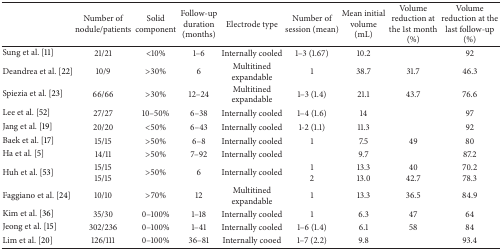
|  | Number of nodule/patients | Solid component | Follow-up duration (months) | Electrode type | Number of session (mean) | Mean initial volume (mL) | Volume reduction at the 1st month (%) | Volume reduction at the last follow-up (%) |
 | --- | --- | --- | --- | --- | --- | --- | --- | --- |
 | Sung et al. [11] | 21/21 | <10% | 1–6 | Internally cooled | 1–3 (1.67) | 10.2 |  | 92 |
 | Deandrea et al. [22] | 10/9 | >30% | 6 | Multitined expandable | 1 | 38.7 | 31.7 | 46.3 |
 | Spiezia et al. [23] | 66/66 | >30% | 12–24 | Multitined expandable | 1–3 (1.4) | 21.1 | 43.7 | 76.6 |
 | Lee et al. [52] | 27/27 | 10–50% | 6–38 | Internally cooled | 1–4 (1.6) | 14 |  | 97 |
 | Jang et al. [19] | 20/20 | <50% | 6–43 | Internally cooled | 1-2 (1.1) | 11.3 |  | 92 |
 | Baek et al. [17] | 15/15 | >50% | 6–8 | Internally cooled | 1 | 7.5 | 49 | 80 |
 | Ha et al. [5] | 14/11 | >50% | 7–92 | Internally cooled |  | 9.7 |  | 87.2 |
 | Huh et al. [53] | 15/1515/15 | >50% | 6 | Internally cooled | 12 | 13.313.0 | 4042.7 | 70.278.3 |
 | Faggiano et al. [24] | 10/10 | >70% | 12 | Multitined expandable | 1 | 13.3 | 36.5 | 84.9 |
 | Kim et al. [36] | 35/30 | 0–100% | 1–18 | Internally cooled | 1 | 6.3 | 47 | 64 |
 | Jeong et al. [15] | 302/236 | 0–100% | 1–41 | Internally cooled | 1–6 (1.4) | 6.1 | 58 | 84 |
 | Lim et al. [20] | 126/111 | 0–100% | 36–81 | Internally cooed | 1–7 (2.2) | 9.8 |  | 93.4 |